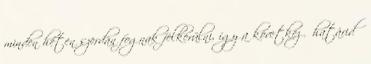
minden héten szerdán fognak felkerülni, így a következő határidő